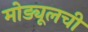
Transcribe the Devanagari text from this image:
मोड्यूलची